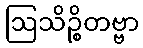
ဩသိဉ္စိတဗ္ဗာ